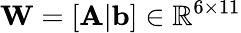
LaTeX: \mathbf{W}=[\mathbf{A}|\mathbf{b}]\in\mathbb{R}^{6\times 11}